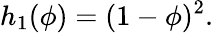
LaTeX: h_{1}(\phi)=(1-\phi)^{2}.